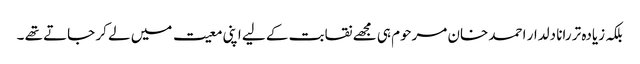
بلکہ زیادہ تر رانا دلدار احمد خان مرحوم ہی مجھے نقابت کے لیے اپنی معیت میں لے کر جاتے تھے ۔